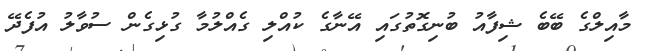
މާއިލްގެ ބޭބެ ޝިފާއު ބުނިގޮތުގައި އޭނާގެ ކުއްލި ގެއްލުމާ ގުޅިގެން ސުވާލު އުފެދޭ